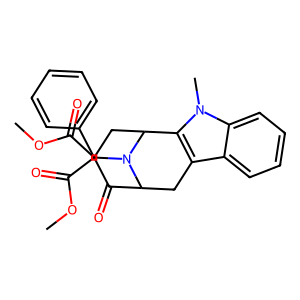
SMILES: COC(=O)C1(C(=O)OC)CC2c3c(c4ccccc4n3C)CC(C1=O)N2Cc1ccccc1
Inhibits HIV replication: No